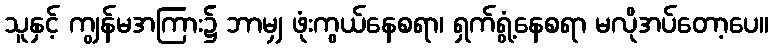
သူနှင့် ကျွန်မအကြား၌ ဘာမျှ ဖုံးကွယ်နေစရာ၊ ရှက်ရွံ့နေစရာ မလိုအပ်တော့ပေ။